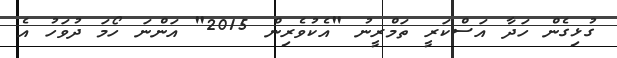
ގުޅިގެން ހަދާ އަސްކަރީ ތަމްރީނު "އެކުވެރިން 2015" އަންނަ ހޯމަ ދުވަހު އެ